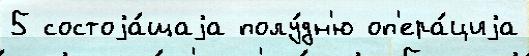
5 состоjа́щаjа полу́дн'ю оп'ера́циjа